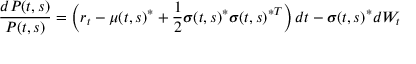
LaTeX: { \frac { d P ( t , s ) } { P ( t , s ) } } = \left( r _ { t } - \mu ( t , s ) ^ { * } + { \frac { 1 } { 2 } } { \boldsymbol { \sigma } } ( t , s ) ^ { * } { \boldsymbol { \sigma } } ( t , s ) ^ { * T } \right) d t - { \boldsymbol { \sigma } } ( t , s ) ^ { * } d W _ { t }